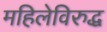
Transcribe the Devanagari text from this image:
महिलेविरुद्ध